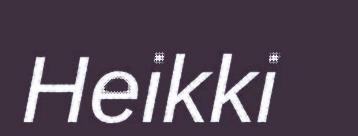
Heikki